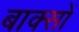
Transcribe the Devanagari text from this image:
बाक्सों